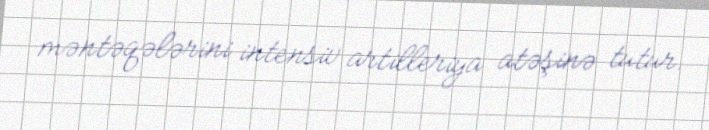
məntəqələrini intensiv artilleriya atəşinə tutur.